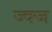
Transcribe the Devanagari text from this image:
ज्क्ज